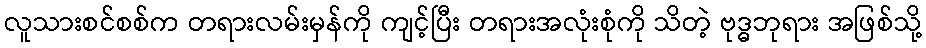
လူသားစင်စစ်က တရားလမ်းမှန်ကို ကျင့်ပြီး တရားအလုံးစုံကို သိတဲ့ ဗုဒ္ဓဘုရား အဖြစ်သို့